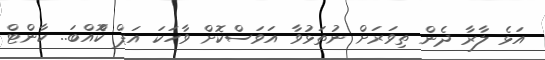
އަޅެ ލާރާ ދެން ތިވަރަށް ނުތަޅުވާ އަވަސްކޮށް ވާހަކަ އަޕް ކޮްއްބަ.. ކާންޓް